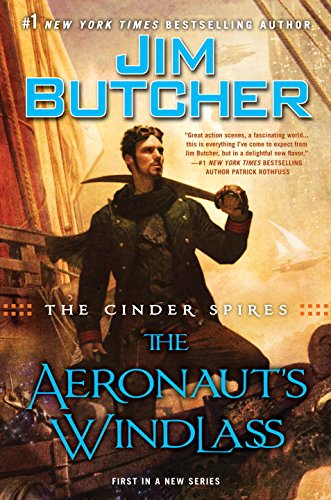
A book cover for The Cinder Spires: the Aeronaut's Windlass; Jim Butcher; Science Fiction & Fantasy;